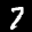
Label: 7